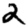
Digit: 2